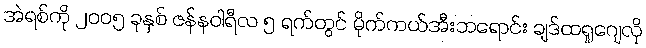
အဲရစ်ကို ၂၀၀၅ ခုနှစ် ဇန်နဝါရီလ ၅ ရက်တွင် မိုက်ကယ်အီးဘရောင်း ချဒ်ထရူဂျေလို